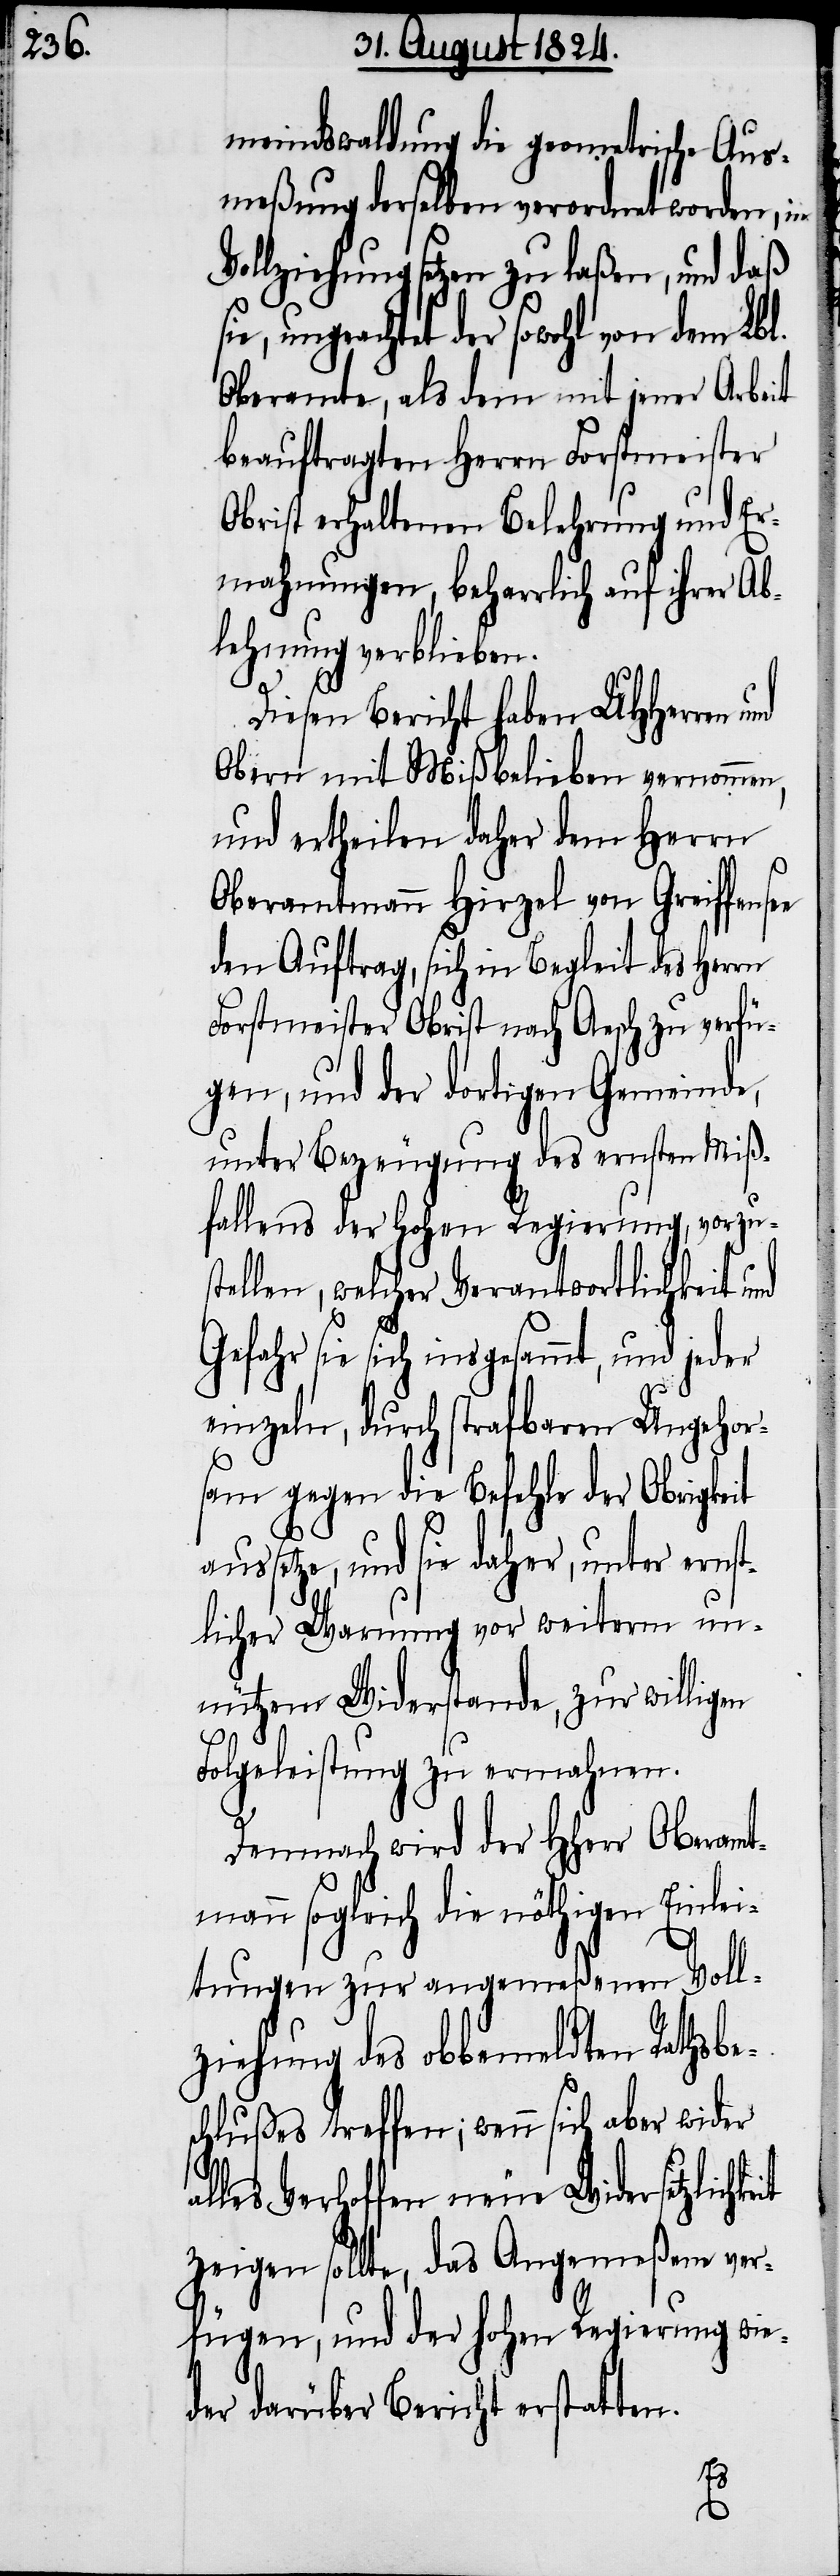
n.

meindswaldung die geometrische Aus¬
meßung derselben verordnet worden, in
Vollziehung setzen zu laßen, und daß
ungeachtet der sowohl von dem
Oberamte, als dem mit jener Arbeit
beauftragten Herrn Forstmeister
Obrist erhaltenen Belehrung und Er¬
mahnungen, beharrlich auf ihrer Ab¬
lehnung verblieben.
Diesen Bericht haben UHHerren
Obern mit Mißbelieben vernommen,
und ertheilen daher dem Herrn
Oberamtmann Hirzel von Greiffense¬
den Auftrag, sich in Begleit des Herrn
Forstmeister Obrist nach Aesch zu verfü¬
gen, und der dortigen Gemeinde,
unter Bezeugung des ernsten Miß¬
fallens der Hohen Regierung, vorzus¬
tellen, welcher Verantwortlichkeit und
Gefahr sie sich insgesammt, und jeder
einzeln, durch strafbaren Ungehor¬
sam gegen die Befehle der Obrigkeit
etze, und sie daher, unter erns¬
tlicher Warnung vor weiterm un¬
nützen Widerstande, zur willigen
Folgeleistung zu ermahnen.
Demnach wird der HHerr Oberamt¬
mann sogleich die nöthigen Einlei¬
tungen zur angemeßenen Voll¬
ziehung des obbemeldten Rathsbe¬
schlußes treffen; wenn sich aber wider
alles Verhoffen neuen Widersetzlichk¬
zeigen sollte, das Angemeßene ver¬
fügen, und der hohen Regierung wie¬
der darüber Bericht erstatte¬